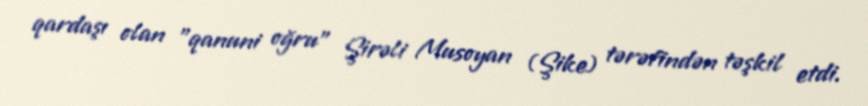
qardaşı olan "qanuni oğru" Şirəli Musoyan (Şike) tərəfindən təşkil etdi.